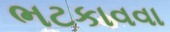
ભટકાવવા